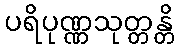
ပရိပုဏ္ဏသုတ္တန္တိ